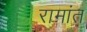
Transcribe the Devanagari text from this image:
रामांत